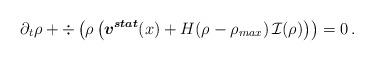
LaTeX: \begin{align*} \partial_t \rho + \div \left( \rho \left( \boldsymbol{v^{stat}} (x) + H(\rho - \rho_{max}) \, \mathcal{I} (\rho) \right) \right) = 0 \,.\end{align*}